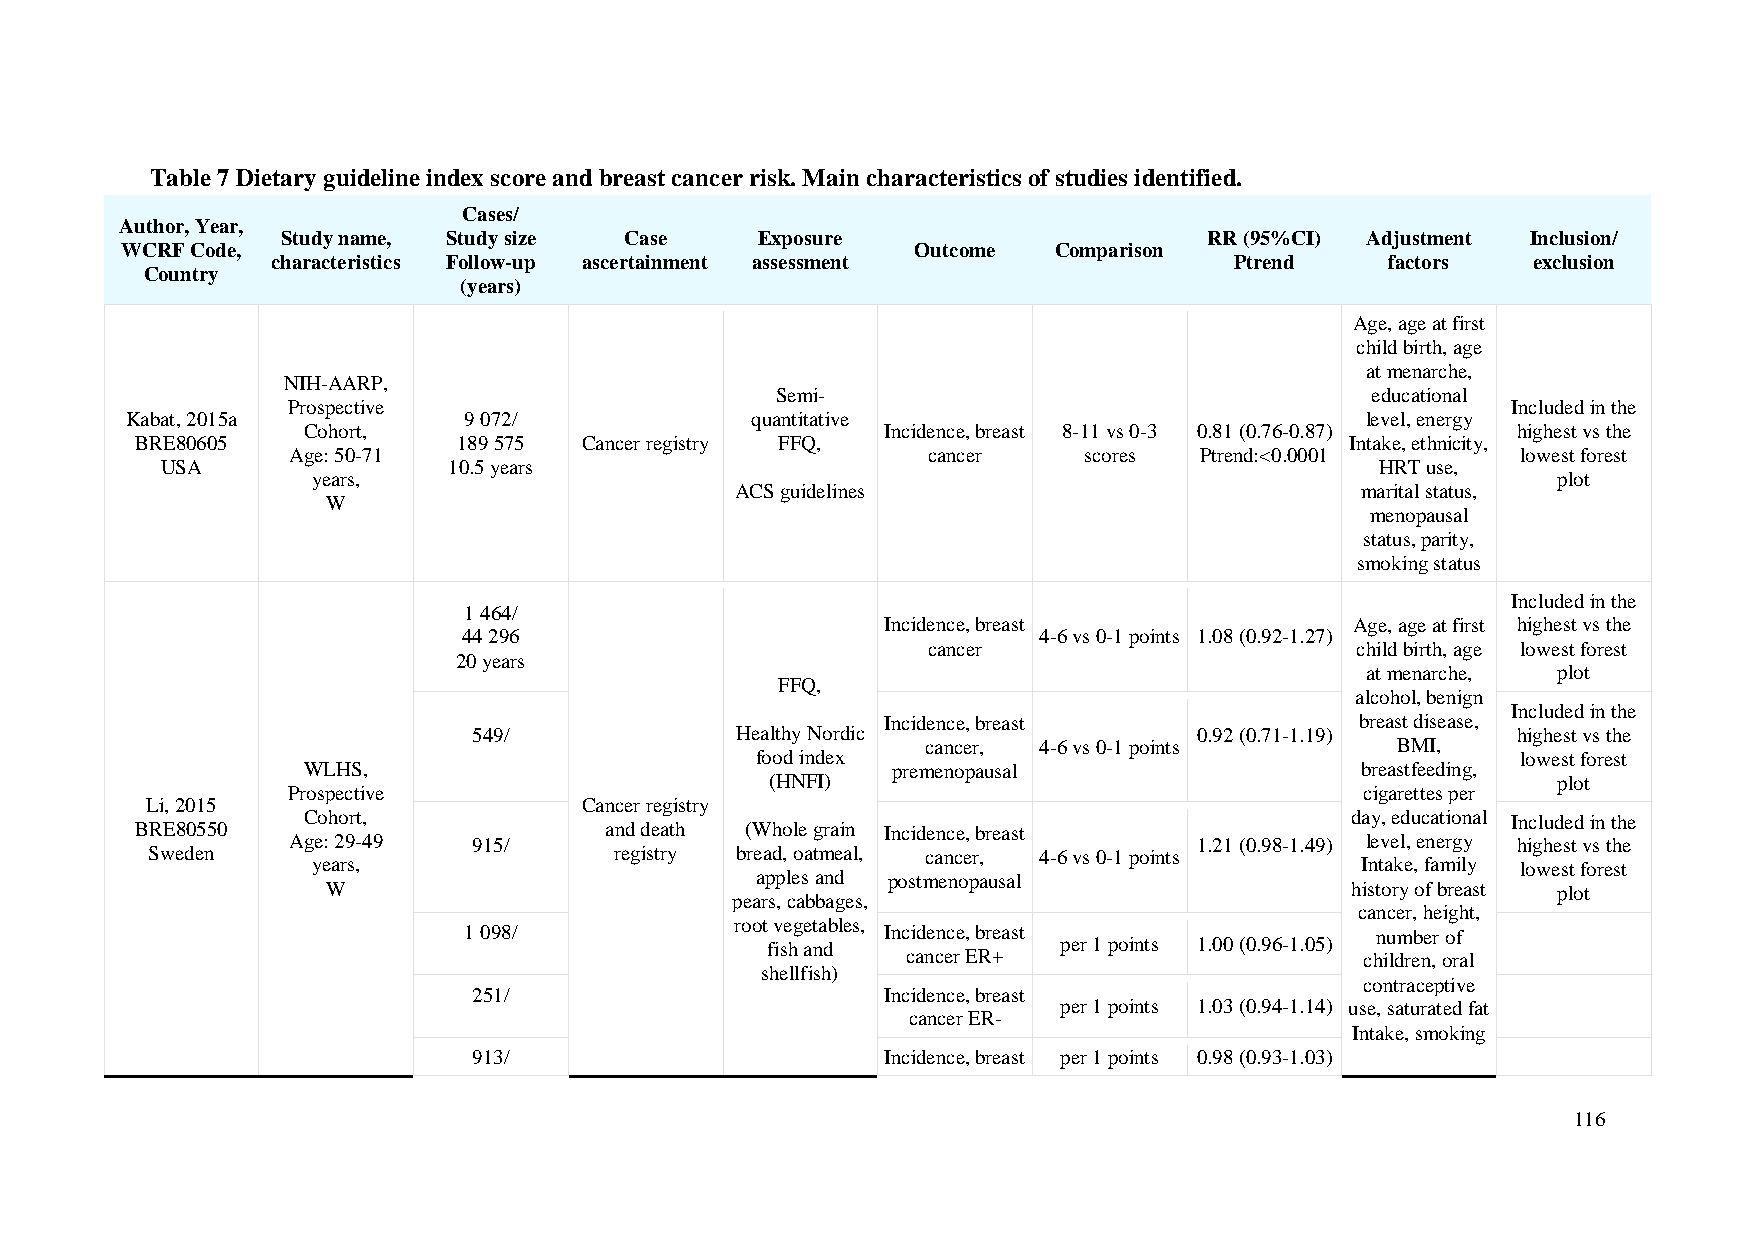
Table 7 Dietary guideline index score and breast cancer risk. Main characteristics of studies identified.
 Cases/
 Author, Year,
 Study name, Study size Case    Exposure                      RR (95%CI) Adjustment Inclusion/
 WCRF Code,                                           Outcome  Comparison
 characteristics Follow-up ascertainment assessment              Ptrend    factors  exclusion
 Country
 (years)
 Age, age at first
 child birth, age
 at menarche,
 NIH-AARP,
 Semi-                                   educational
 Prospective                                                                      Included in the
 Kabat, 2015a           9 072/             quantitative                            level, energy
 Cohort,                                Incidence, breast 8-11 vs 0-3 0.81 (0.76-0.87) highest vs the
 BRE80605             189 575 Cancer registry FFQ,                               Intake, ethnicity,
 Age: 50-71                                cancer     scores Ptrend:<0.0001        lowest forest
 USA                10.5 years                                                   HRT use,
 years,                                                                            plot
 ACS guidelines                           marital status,
 W
 menopausal
 status, parity,
 smoking status
 Included in the
 1 464/
 Incidence, breast              Age, age at first highest vs the
 44 296                                4-6 vs 0-1 points 1.08 (0.92-1.27)
 cancer                       child birth, age lowest forest
 20 years
 at menarche, plot
 FFQ,
 alcohol, benign
 Included in the
 Incidence, breast              breast disease,
 549/              Healthy Nordic                0.92 (0.71-1.19)     highest vs the
 cancer, 4-6 vs 0-1 points      BMI,
 food index                                         lowest forest
 WLHS,                                  premenopausal                  breastfeeding,
 (HNFI)                                              plot
 Prospective                                                            cigarettes per
 Li, 2015                    Cancer registry
 Cohort,                                                              day, educational Included in the
 BRE80550                       and death (Whole grain Incidence, breast
 Age: 29-49  915/                                            1.21 (0.98-1.49) level, energy highest vs the
 Sweden                         registry bread, oatmeal, cancer, 4-6 vs 0-1 points
 years,                                                               Intake, family lowest forest
 apples and postmenopausal
 W                                                                  history of breast plot
 pears, cabbages,
 cancer, height,
 root vegetables,
 1 098/                      Incidence, breast               number of
 fish and           per 1 points 1.00 (0.96-1.05)
 cancer ER+                    children, oral
 shellfish)
 contraceptive
 251/                        Incidence, breast
 per 1 points 1.03 (0.94-1.14) use, saturated fat
 cancer ER-
 Intake, smoking
 913/                        Incidence, breast per 1 points 0.98 (0.93-1.03)
 116